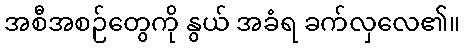
အစီအစဉ်တွေကို နွယ် အခံရ ခက်လှလေ၏။